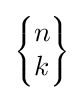
\scriptstyle {\left\{{\begin{matrix}n\\k\end{matrix}}\right\}}